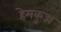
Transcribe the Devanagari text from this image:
हेमकुञ्ज